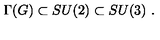
\Gamma ( G ) \subset S U ( 2 ) \subset S U ( 3 ) \ .